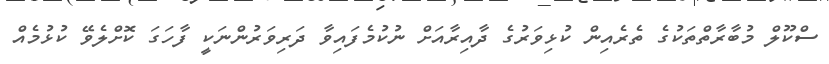
ސްކޫލް މުބާރާތްތަކުގެ ތެރެއިން ކުޅިވަރުގެ ދާއިރާއަށް ނުކުމެފައިވާ ދަރިވަރުންނަކީ ފާހަގަ ކޮށްލެވޭ ކުޅުމެއް